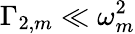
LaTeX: \Gamma_{2,m}\ll\omega_{m}^{2}